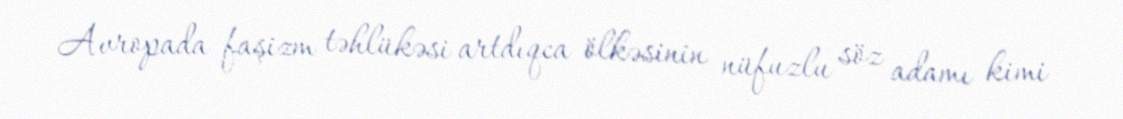
Avropada faşizm təhlükəsi artdıqca ölkəsinin nüfuzlu söz adamı kimi